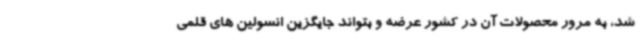
شد، به مرور محصولات آن در کشور عرضه و بتواند جایگزین انسولین های قلمی